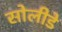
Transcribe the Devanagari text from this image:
सोलीडे